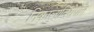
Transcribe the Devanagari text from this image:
निकालाविरोधात